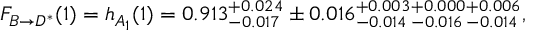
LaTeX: { \cal F } _ { B \to D ^ { * } } ( 1 ) = h _ { A _ { 1 } } ( 1 ) = 0 . 9 1 3 { } _ { - 0 . 0 1 7 } ^ { + 0 . 0 2 4 } \pm 0 . 0 1 6 { } _ { - 0 . 0 1 4 } ^ { + 0 . 0 0 3 } { } _ { - 0 . 0 1 6 } ^ { + 0 . 0 0 0 } { } _ { - 0 . 0 1 4 } ^ { + 0 . 0 0 6 } ,